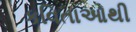
કવિતાઓથી